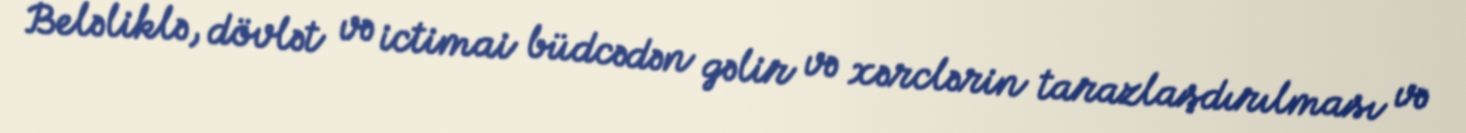
Beləliklə, dövlət və ictimai büdcədən gəlir və xərclərin tarazlaşdırılması və